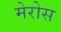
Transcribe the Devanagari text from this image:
मेरोस